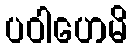
ပဝါဟေမိ